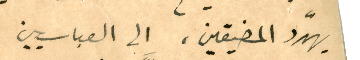
يهدّد المضيقين، الى العباسيين